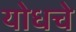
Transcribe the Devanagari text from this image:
योधचे